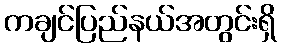
ကချင်ပြည်နယ်အတွင်းရှိ